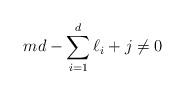
LaTeX: \begin{align*} md - \sum_{i=1}^d \ell_i + j \neq 0 \end{align*}